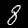
Digit: 8